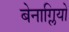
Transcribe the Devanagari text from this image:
बेनाग्लियो